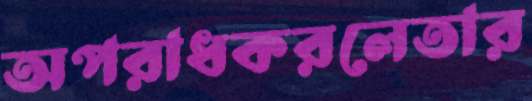
অপরাধকরলেতার